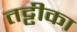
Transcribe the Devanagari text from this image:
तट्टीका